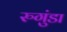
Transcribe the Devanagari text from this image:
रुगुंडा